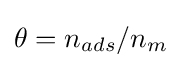
\theta =n_{ads}/n_{m}